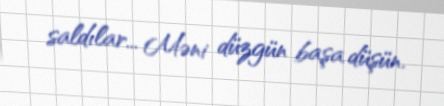
saldılar... Məni düzgün başa düşün.